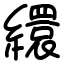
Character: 繯